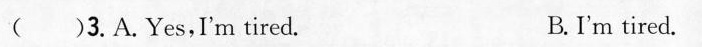
( )3. A.Yes,I'm tired. B.I'm tired.